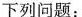
下列问题：